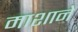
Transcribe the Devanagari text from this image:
माशाने